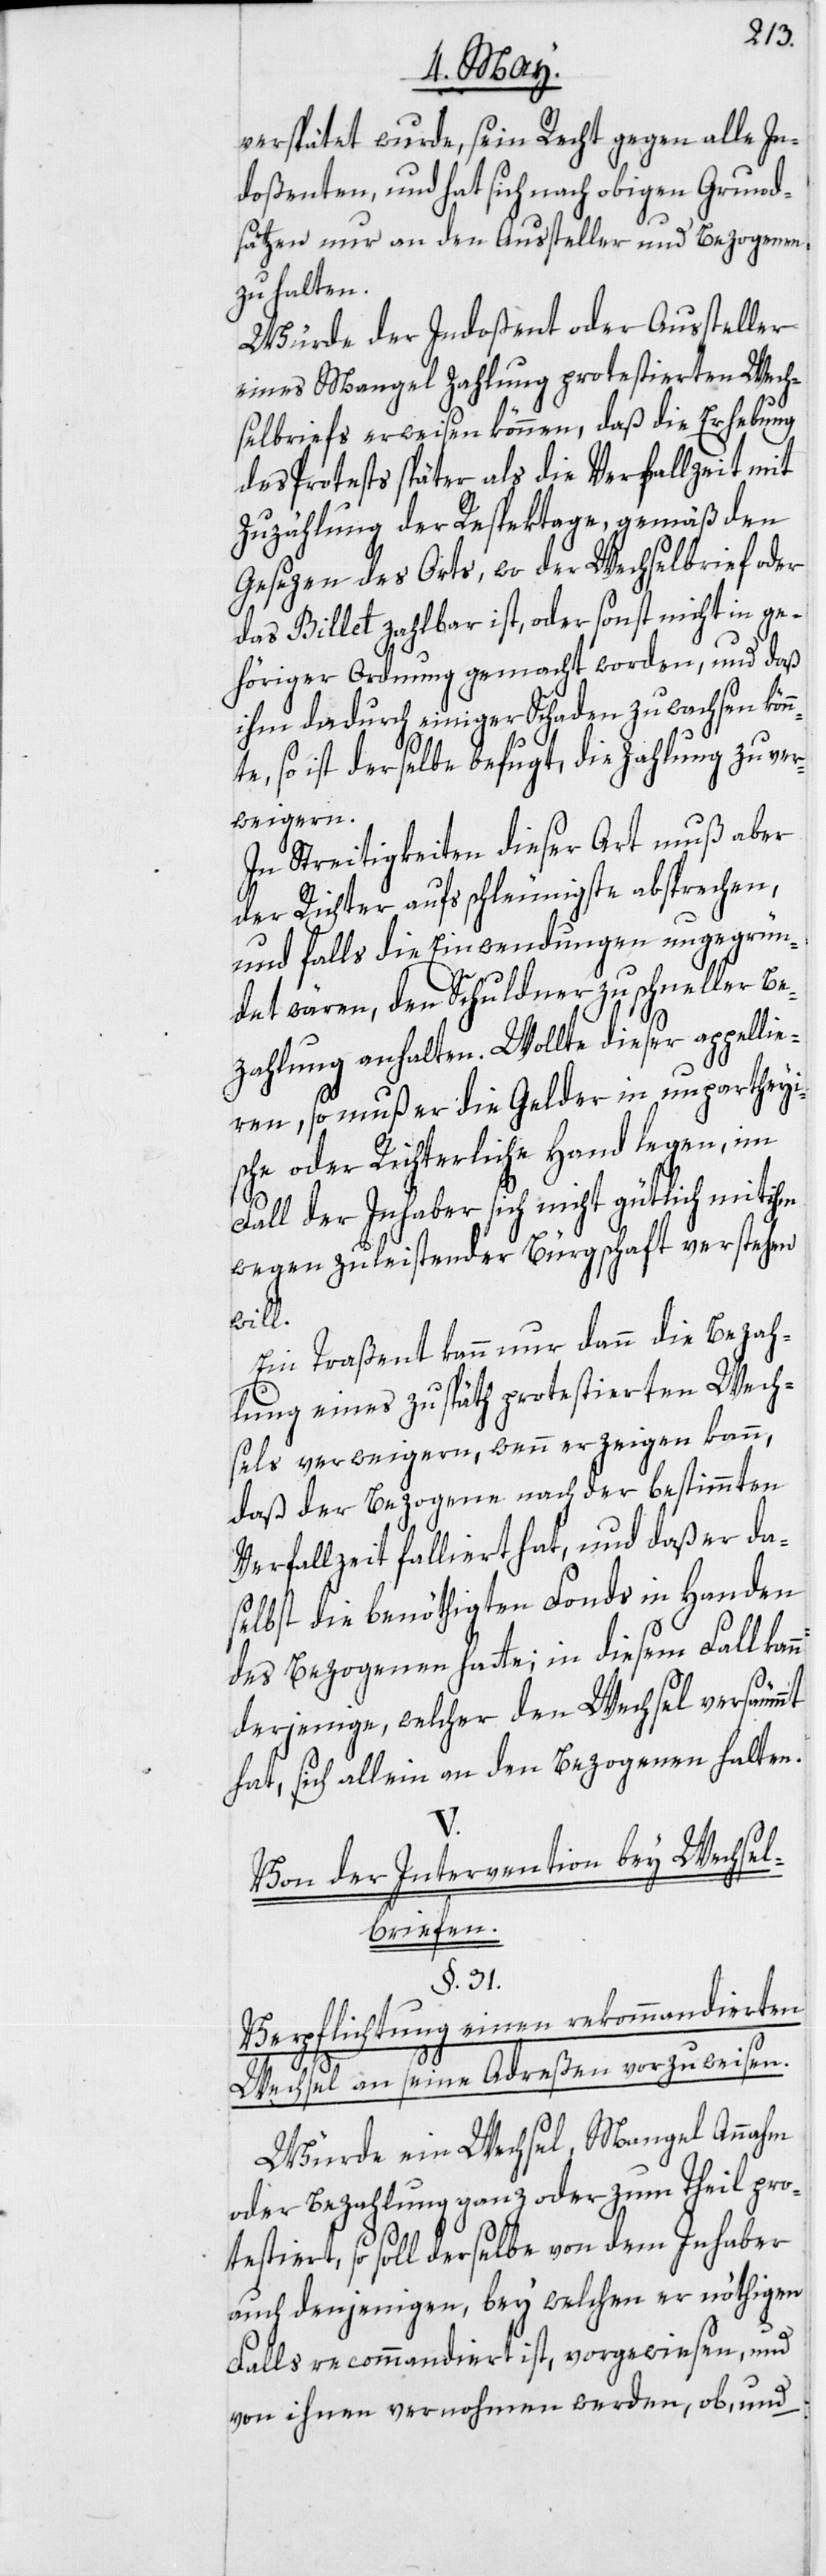
verspätet wurde, sein Recht gegen alle In¬
doßenten, und hat sich nach obigen Grund¬
sätzen nur an den Aussteller und Bezogenen
zu halten.
Würde der Indoßent oder Aussteller
eines Mangel Zahlung protestierten Wech¬
selbriefs erweisen können, daß die Erhebung
des Protests später als die Verfallzeit mit
Zuzählung der Respekt[t]age, gemäß den
Gesezen des Orts, wo der Wechselbrief oder
das Billet zahlbar ist, oder sonst nicht in ge¬
höriger Ordnung gemacht worden, und daß
ihm dadurch einiger Schaden zuwachsen kön¬
te, so ist derselbe befugt, die Zahlung zu ver¬
weigern.
In Streitigkeiten dieser Art muß aber
der Richter aufs schleunigste absprechen,
und falls die Einwendungen ungegrün¬
det wären, den Schuldner zu schneller Be¬
zahlung anhalten. Wollte dieser appellie¬
n¬
ren, so muß er die Gelder in unpartheyi¬
sche oder Richterliche Hand legen, im
Fall der Inhaber sich nicht gütlich mit ihm
wegen zu leistender Bürgschaft verstehen
will.
Ein Traßent kann nur dann die Bezah¬
lung eines zu späth protestierten Wech¬
sels verweigern, wenn er zeigen kann,
daß der Bezogene nach der bestimmten
Verfallzeit falliert hat, und daß er da¬
selbst die benöthigten Fonds in Handen
des Bezogenen hatte; in diesem Fall kann
derjenige, welcher den Wechsel versäummt
hat, sich allein an den Bezogenen halten.
V.
Von der Intervention bey Wechsel¬
briefen.
§. 31.
Verpflichtung einen rekommandierten
Wechsel an seine Adreßen vorzuweisen.
Würde ein Wechsel, Mangel Annahm
oder Bezahlung ganz oder zum Theil pro¬
testiert, so soll derselbe von dem Inhaber
auch denjenigen, bey welchen er nöthigen
Falls recommandiert ist, vorgewiesen, und
von ihnen vernohmen werden, ob, und